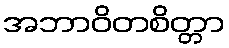
အဘာဝိတစိတ္တာ